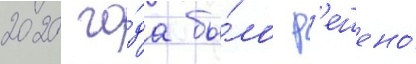
2020 го́да бы́ло р'ешено́